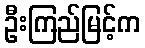
ဦးကြည်မြင့်က